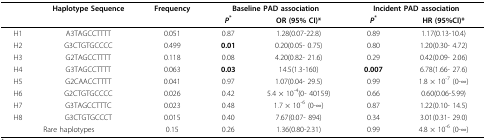
|  | Haplotype Sequence | Frequency | <COLSPAN=2> Baseline PAD association | <COLSPAN=2> Incident PAD association |
 |  |  |  | P* | OR (95% CI)* | P* | HR (95%CI)* |
 | --- | --- | --- | --- | --- | --- | --- |
 | H1 | A3TAGCCTTTT | 0.051 | 0.87 | 1.28(0.07-22.8) | 0.89 | 1.17(0.13-10.4) |
 | H2 | G3CTGTGCCCC | 0.499 | 0.01 | 0.20(0.05- 0.75) | 0.80 | 1.20(0.30- 4.72) |
 | H3 | G2TAGCCTTTT | 0.118 | 0.08 | 4.20(0.82- 21.6) | 0.29 | 0.42(0.09- 2.06) |
 | H4 | G3TAGCCTTTT | 0.063 | 0.03 | 14.5(1.3-160) | 0.007 | 6.78(1.66- 27.6) |
 | H5 | G2CAACCTTTT | 0.041 | 0.97 | 1.07(0.04- 29.5) | 0.99 | 1.8 × 10-7 (0-∞) |
 | H6 | G2CTGTGCCCC | 0.026 | 0.42 | 5.4 × 10-4(0- 40159) | 0.66 | 0.60(0.06-5.99) |
 | H7 | G3TAGCCTTTC | 0.023 | 0.48 | 1.7 × 10-6 (0-∞) | 0.87 | 1.22(0.10- 14.5) |
 | H8 | G3CTGTGCCCT | 0.015 | 0.40 | 7.67(0.07- 894) | 0.34 | 3.01(0.31- 29.0) |
 | <COLSPAN=2> Rare haplotypes | 0.15 | 0.26 | 1.36(0.80-2.31) | 0.99 | 4.8 × 10-6 (0-∞) |